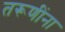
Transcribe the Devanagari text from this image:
तरूणींना